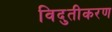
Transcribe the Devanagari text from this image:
विदुतीकरण